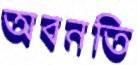
অবনতি